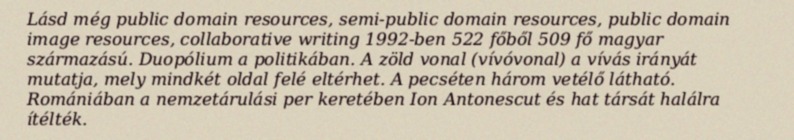
Lásd még public domain resources, semi-public domain resources, public domain image resources, collaborative writing 1992-ben 522 főből 509 fő magyar származású. Duopólium a politikában. A zöld vonal (vívóvonal) a vívás irányát mutatja, mely mindkét oldal felé eltérhet. A pecséten három vetélő látható. Romániában a nemzetárulási per keretében Ion Antonescut és hat társát halálra ítélték.